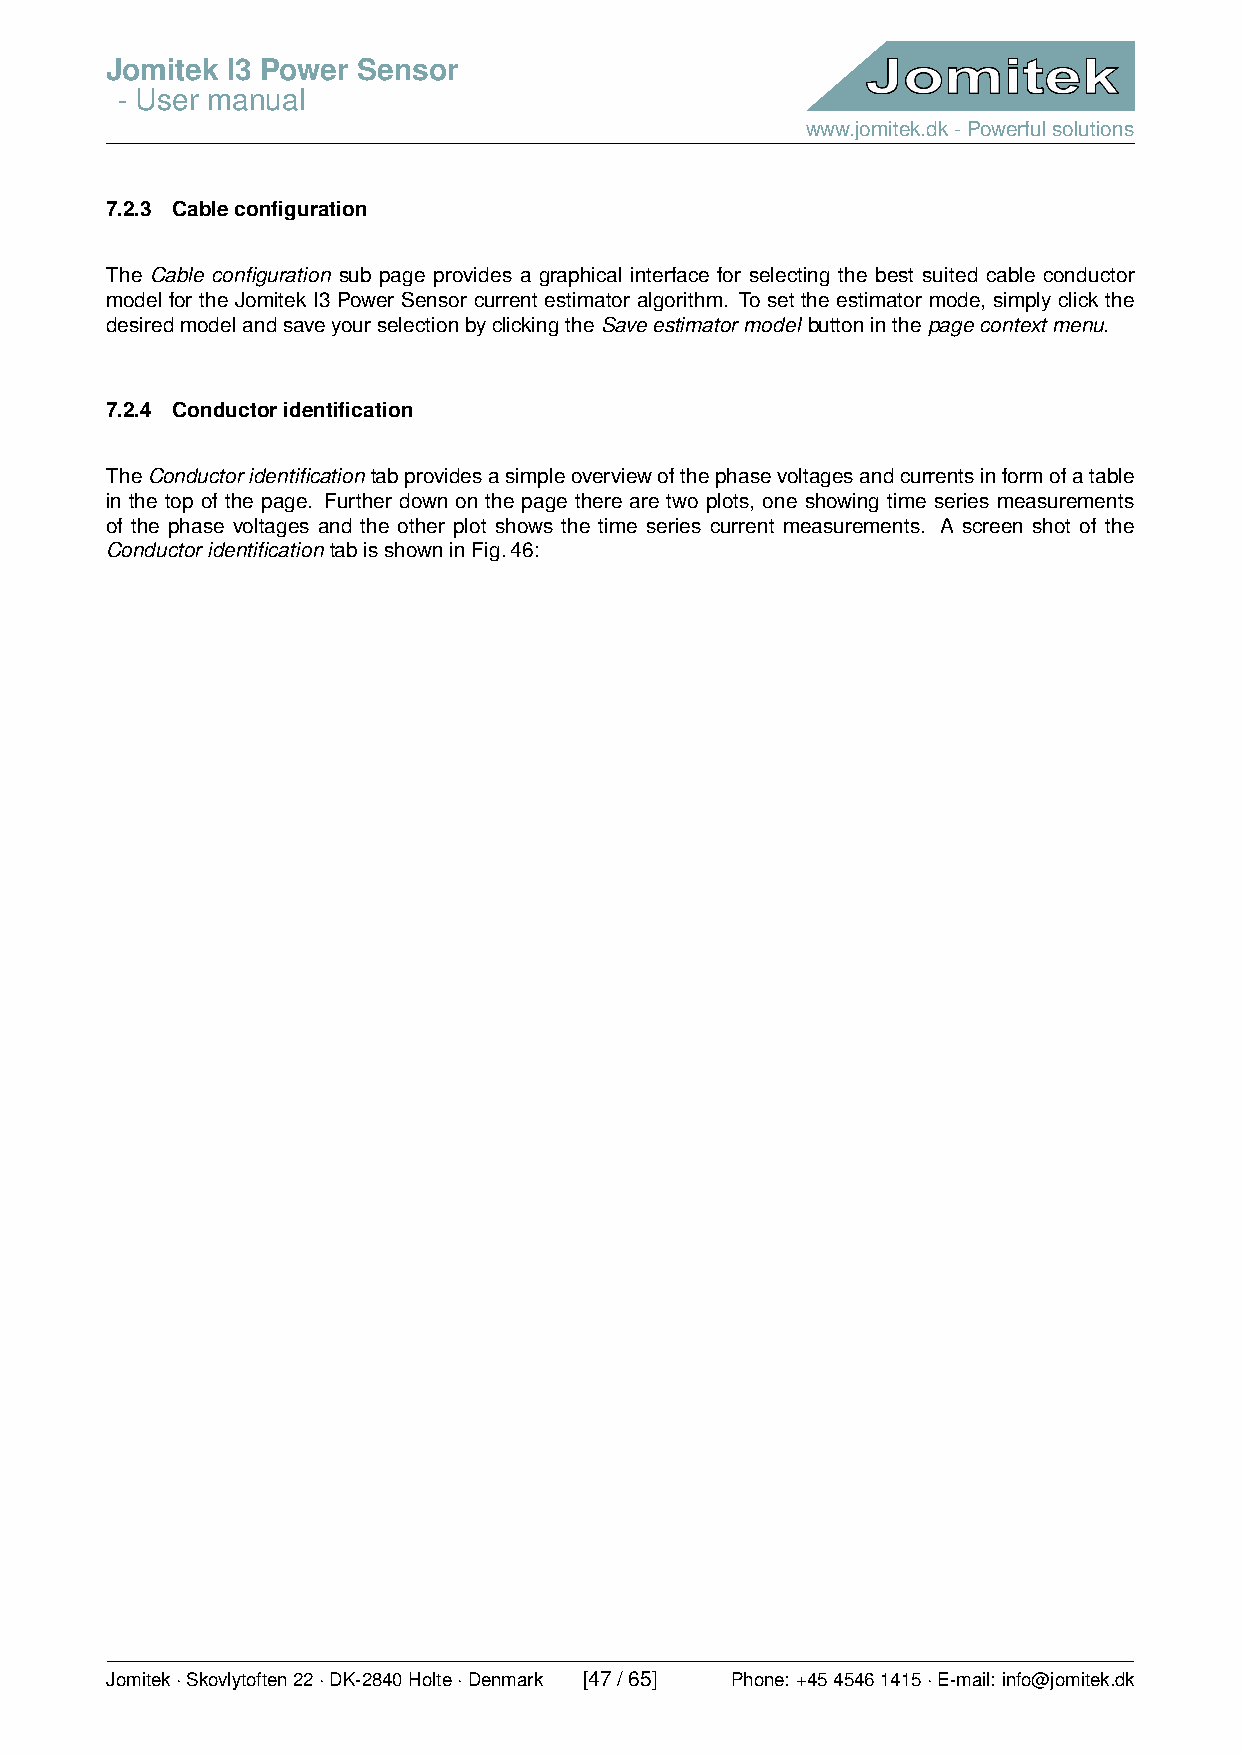
Jomitek I3 Power Sensor
 - User manual
 www.jomitek.dk-Powerfulsolutions
 7.2.3 Cableconfiguration
 The Cable configuration sub page provides a graphical interface for selecting the best suited cable conductor
 model for the Jomitek I3 Power Sensor current estimator algorithm. To set the estimator mode, simply click the
 desiredmodelandsaveyourselectionbyclickingtheSaveestimatormodel buttoninthepagecontextmenu.
 7.2.4 Conductoridentification
 TheConductoridentificationtabprovidesasimpleoverviewofthephasevoltagesandcurrentsinformofatable
 in the top of the page. Further down on the page there are two plots, one showing time series measurements
 of the phase voltages and the other plot shows the time series current measurements. A screen shot of the
 ConductoridentificationtabisshowninFig.46:
 Jomitek·Skovlytoften22·DK-2840Holte·Denmark [47/65] Phone: +4545461415·E-mail: info@jomitek.dk